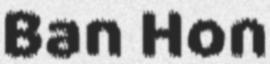
Ban Hon